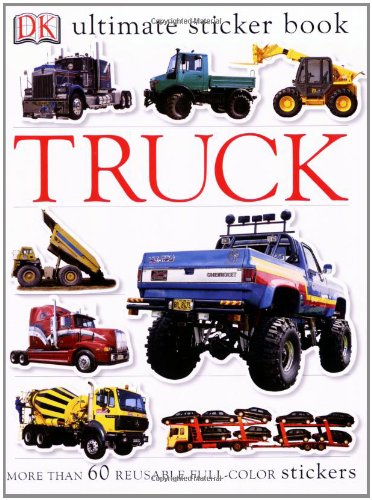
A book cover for Ultimate Sticker Book: Truck (Ultimate Sticker Books); DK Publishing; Children's Books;